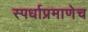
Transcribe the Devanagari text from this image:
स्पर्धाप्रमाणेच